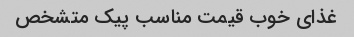
غذای خوب قیمت مناسب پیک متشخص